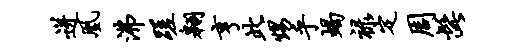
迸凰沸蹉翱亨此甥乎蝎禄定周髭